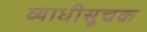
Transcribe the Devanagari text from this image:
व्याधीसूचक